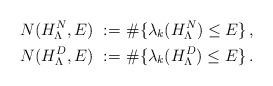
LaTeX: \begin{align*} N(H_{\Lambda}^N,E)~:=&~\# \{\lambda_k (H_{\Lambda}^N) \leq E \}\,,\\ N(H_{\Lambda}^D,E)~:=&~\# \{\lambda_k (H_{\Lambda}^D) \leq E \}\,.\end{align*}